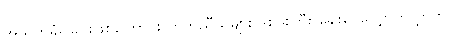
အသတ်ခံရခြင်းဖြစ်ကြောင်း ကိုက်ညီသူများ ဒစ်ဖူးကြီး ချေးငွေလျှောက်လွှာတွင်